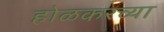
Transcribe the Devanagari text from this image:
होळकरच्या